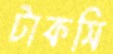
টাকসি